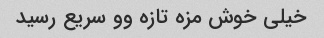
خیلی خوش مزه تازه وو سریع رسید